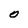
Character: O